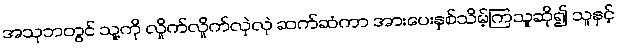
အသုဘတွင် သူ့ကို လှိုက်လှိုက်လှဲလှဲ ဆက်ဆံကာ အားပေးနှစ်သိမ့်ကြသူဆို၍ သူနှင့်